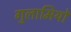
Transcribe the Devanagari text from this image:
गुलामियों